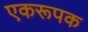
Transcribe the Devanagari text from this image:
एकरूपक